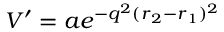
V ^ { \prime } = a e ^ { - q ^ { 2 } ( \boldsymbol { r } _ { 2 } - \boldsymbol { r } _ { 1 } ) ^ { 2 } }